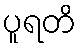
ပူရတိ